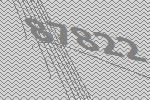
87822